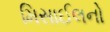
મિસાઈલનો